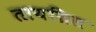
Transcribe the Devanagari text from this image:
तायग्रिस